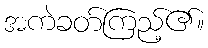
အကဲခတ်ကြည့်၏။